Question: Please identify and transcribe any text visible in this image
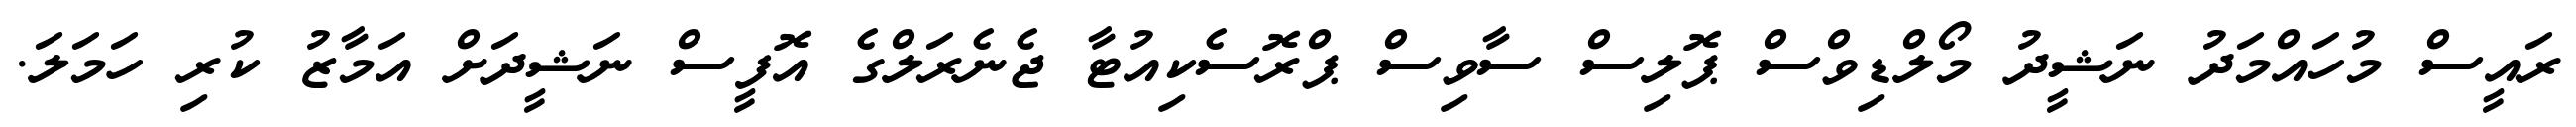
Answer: ރައީސް މުހައްމަދު ނަޝީދު މޯލްޑިވްސް ޕޮލިސް ސާވިސް ޕްރޮސެކިއުޓާ ޖެނެރަލްގެ އޮފީސް ނަޝީދަށް އަމާޒު ކުރި ހަމަލަ.